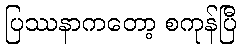
ပြဿနာကတော့ စကုန်ပြီ